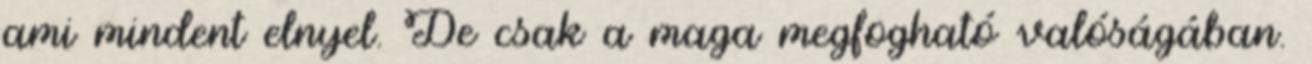
ami mindent elnyel. De csak a maga megfogható valóságában.